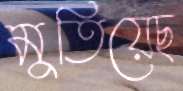
মুতিয়েছ